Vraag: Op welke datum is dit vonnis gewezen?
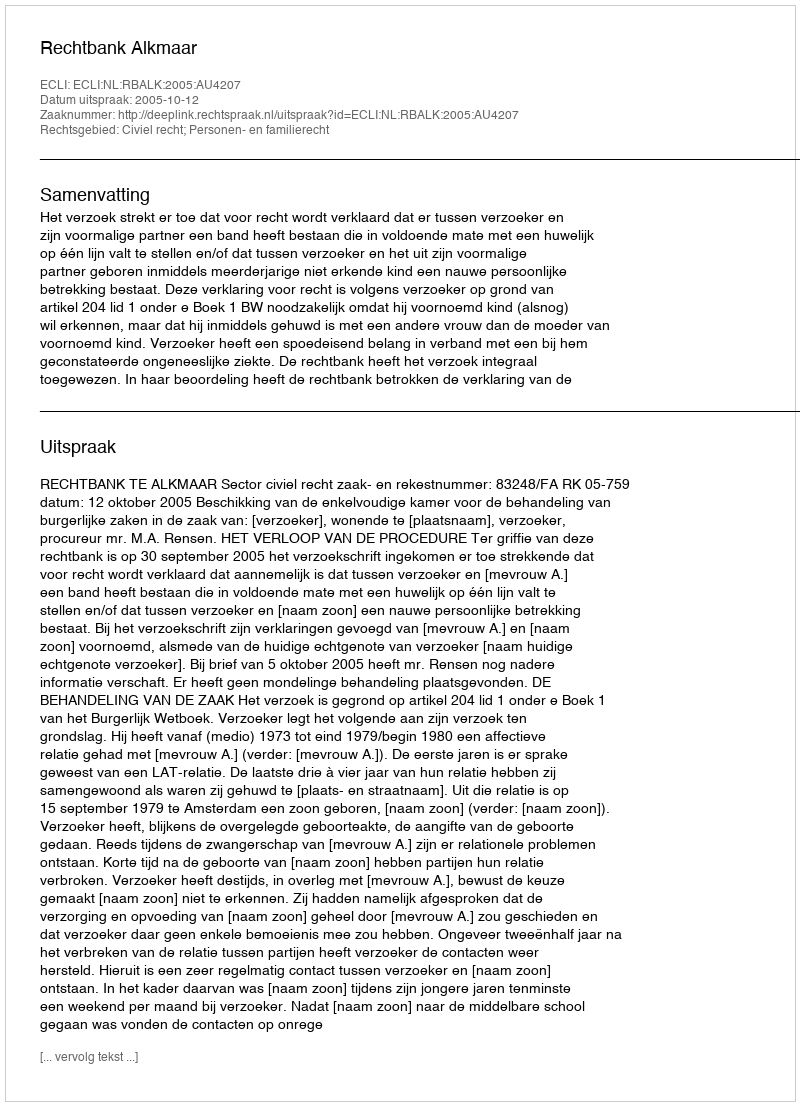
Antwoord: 2005-10-12